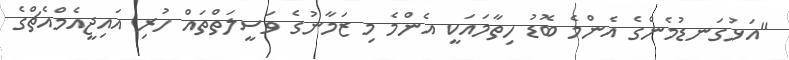
"އަޅުގަނޑުމެންގެ އެންމެ ބޮޑު ހިތާމައަކީ އެންމެ މި ޒަމާނުގެ ވަސީލަތްތައް ހުރި އައިޖީއެމްއެޗްގެ